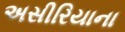
અસીરિયાના